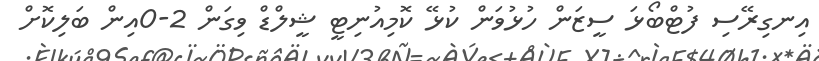
އިނގިރޭސި ފުޓްބޯޅަ ސީޒަން ހުޅުވަން ކުޅޭ ކޮމިއުނިޓީ ޝީލްޑް ވިގަން 2-0އިން ބަލިކޮށް